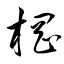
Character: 棡